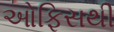
ઓફિસથી